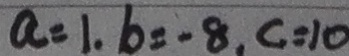
a = 1 , b = - 8 , c = 1 0